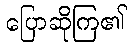
ပြောဆိုကြ၏